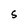
Character: 5